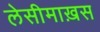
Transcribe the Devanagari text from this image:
लेसीमाख़स